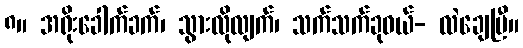
၈။ အရိုးခေါက်ခက်၊ သွားလိုလျက်၊ သက်သက်ခုဝယ်- လဲချေပြီ။